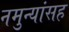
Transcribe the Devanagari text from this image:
नमुन्यांसह